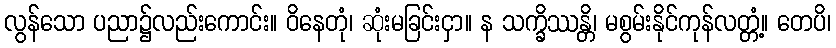
လွန်သော ပညာ၌လည်းကောင်း။ ဝိနေတုံ၊ ဆုံးမခြင်းငှာ။ န သက္ခိဿန္တိ၊ မစွမ်းနိုင်ကုန်လတ္တံ့။ တေပိ၊